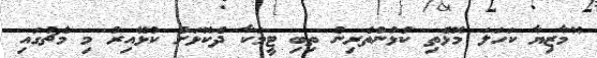
"މާޒިޔާ ކަހަލަ މޮޅެތި ކުޅުންތެރިން ތިބި ޓީމަކާ ދެކޮޅަށް ކުޅޭއިރު މި މެޗުގައި